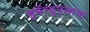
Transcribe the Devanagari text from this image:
इमॅन्युएलाचा